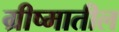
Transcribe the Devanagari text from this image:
ग्रीष्मातील